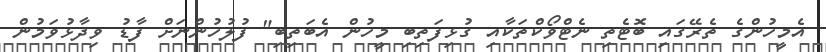
އެމީހުންގެ ތެރޭގައި ބޮޓެތި ނެޓްވޯކްތަކާއި ގުޅިފަތިބި މީހުން އެބަތިބި" ފުލުހުންނަށް ފާޑު ވިދާޅުވަމުން